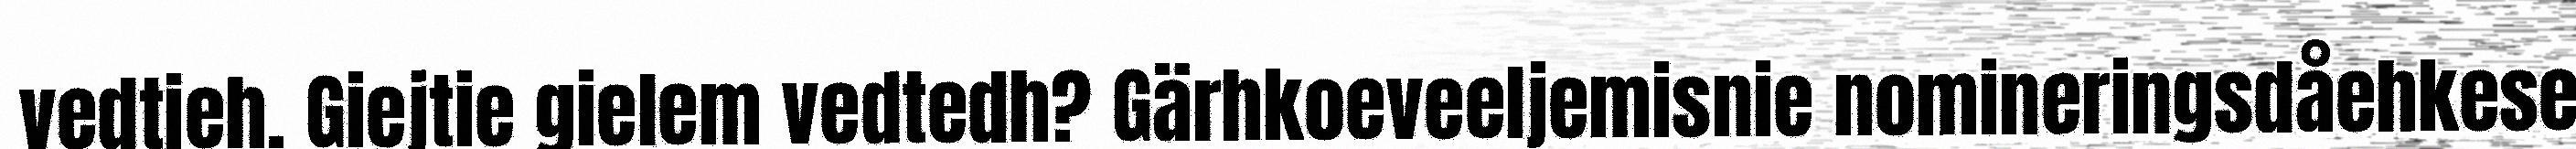
vedtieh. Giejtie gielem vedtedh? Gärhkoeveeljemisnie nomineringsdåehkese